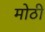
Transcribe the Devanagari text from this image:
मोठीं